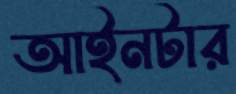
আইনটার